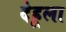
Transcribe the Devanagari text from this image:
देहूला